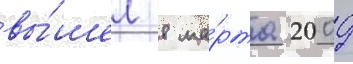
вы́шел 8 ма́рта 2009